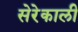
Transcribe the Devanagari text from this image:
सेरेकाली